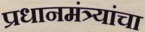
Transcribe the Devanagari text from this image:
प्रधानमंत्र्यांचा